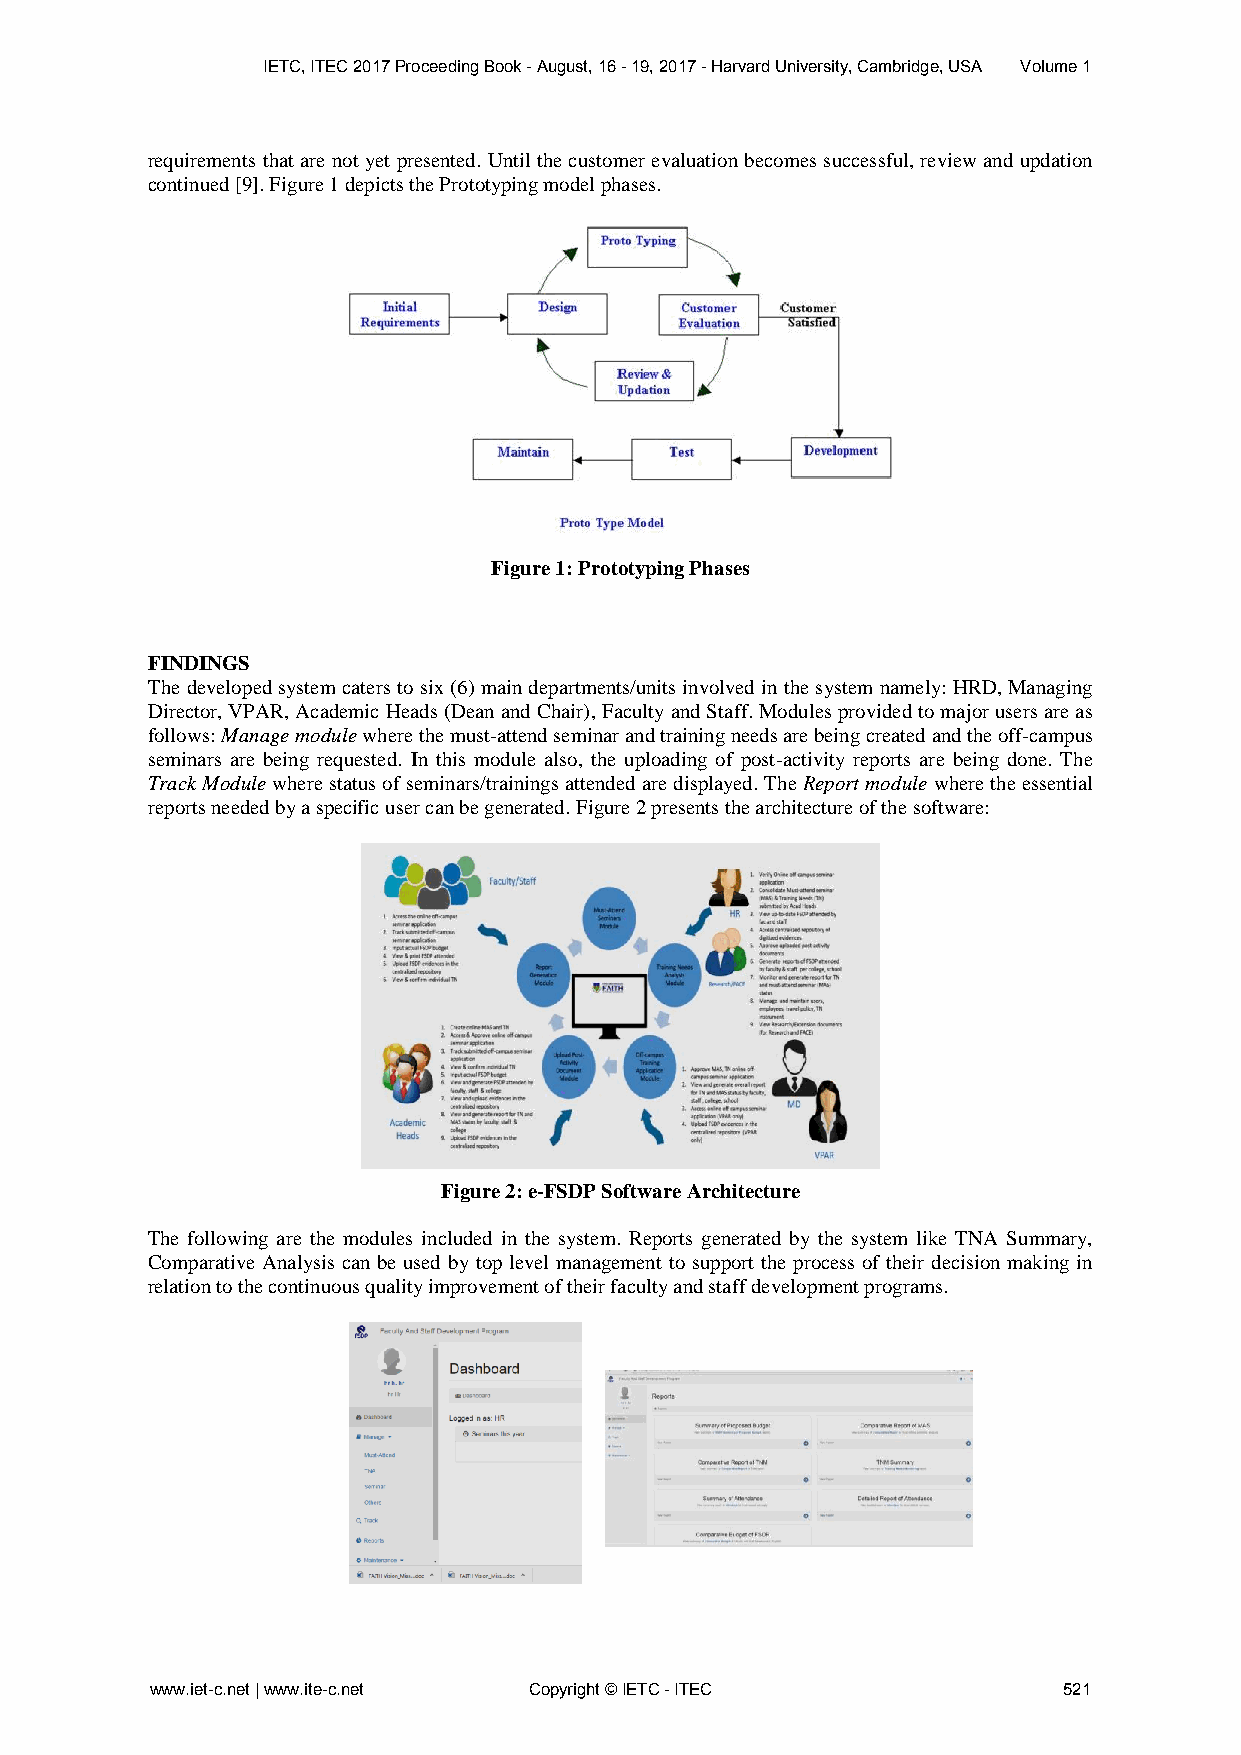
IETC, ITEC 2017 Proceeding Book - August, 16 - 19, 2017 - Harvard University, Cambridge, USA Volume 1
 requirements that are not yet presented. Until the customer evaluation becomes successful, review and updation
 continued [9]. Figure 1 depicts the Prototyping model phases.
 Figure 1: Prototyping Phases
 FINDINGS
 The developed system caters to six (6) main departments/units involved in the system namely: HRD, Managing
 Director, VPAR, Academic Heads (Dean and Chair), Faculty and Staff. Modules provided to major users are as
 follows: Manage module where the must-attend seminar and training needs are being created and the off-campus
 seminars are being requested. In this module also, the uploading of post-activity reports are being done. The
 Track Module where status of seminars/trainings attended are displayed. The Report module where the essential
 reports needed by a specific user can be generated. Figure 2 presents the architecture of the software:
 Figure 2: e-FSDP Software Architecture
 The following are the modules included in the system. Reports generated by the system like TNA Summary,
 Comparative Analysis can be used by top level management to support the process of their decision making in
 relation to the continuous quality improvement of their faculty and staff development programs.
 www.iet-c.net | www.ite-c.net Copyright © IETC - ITEC       521